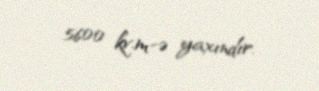
5600 kv.m-ə yaxındır.